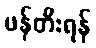
ဖန်တီးရန်